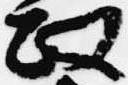
政